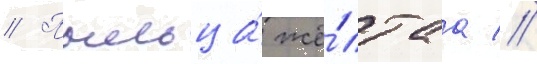
// Пыльца́ жё́лтаа //